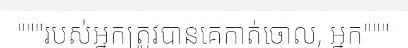
"""របស់អ្នកត្រូវបានគេកាត់ចោល, អ្នក"""